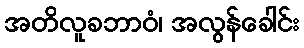
အတိလူခဘာဝံ၊ အလွန်ခေါင်း